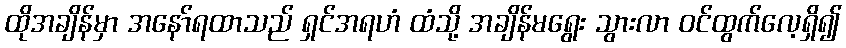
ထိုအချိန်မှာ အနော်ရထာသည် ရှင်အရဟံ ထံသို့ အချိန်မရွေး သွားလာ ဝင်ထွက်လေ့ရှိ၍